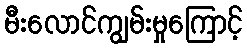
မီးလောင်ကျွမ်းမှုကြောင့်